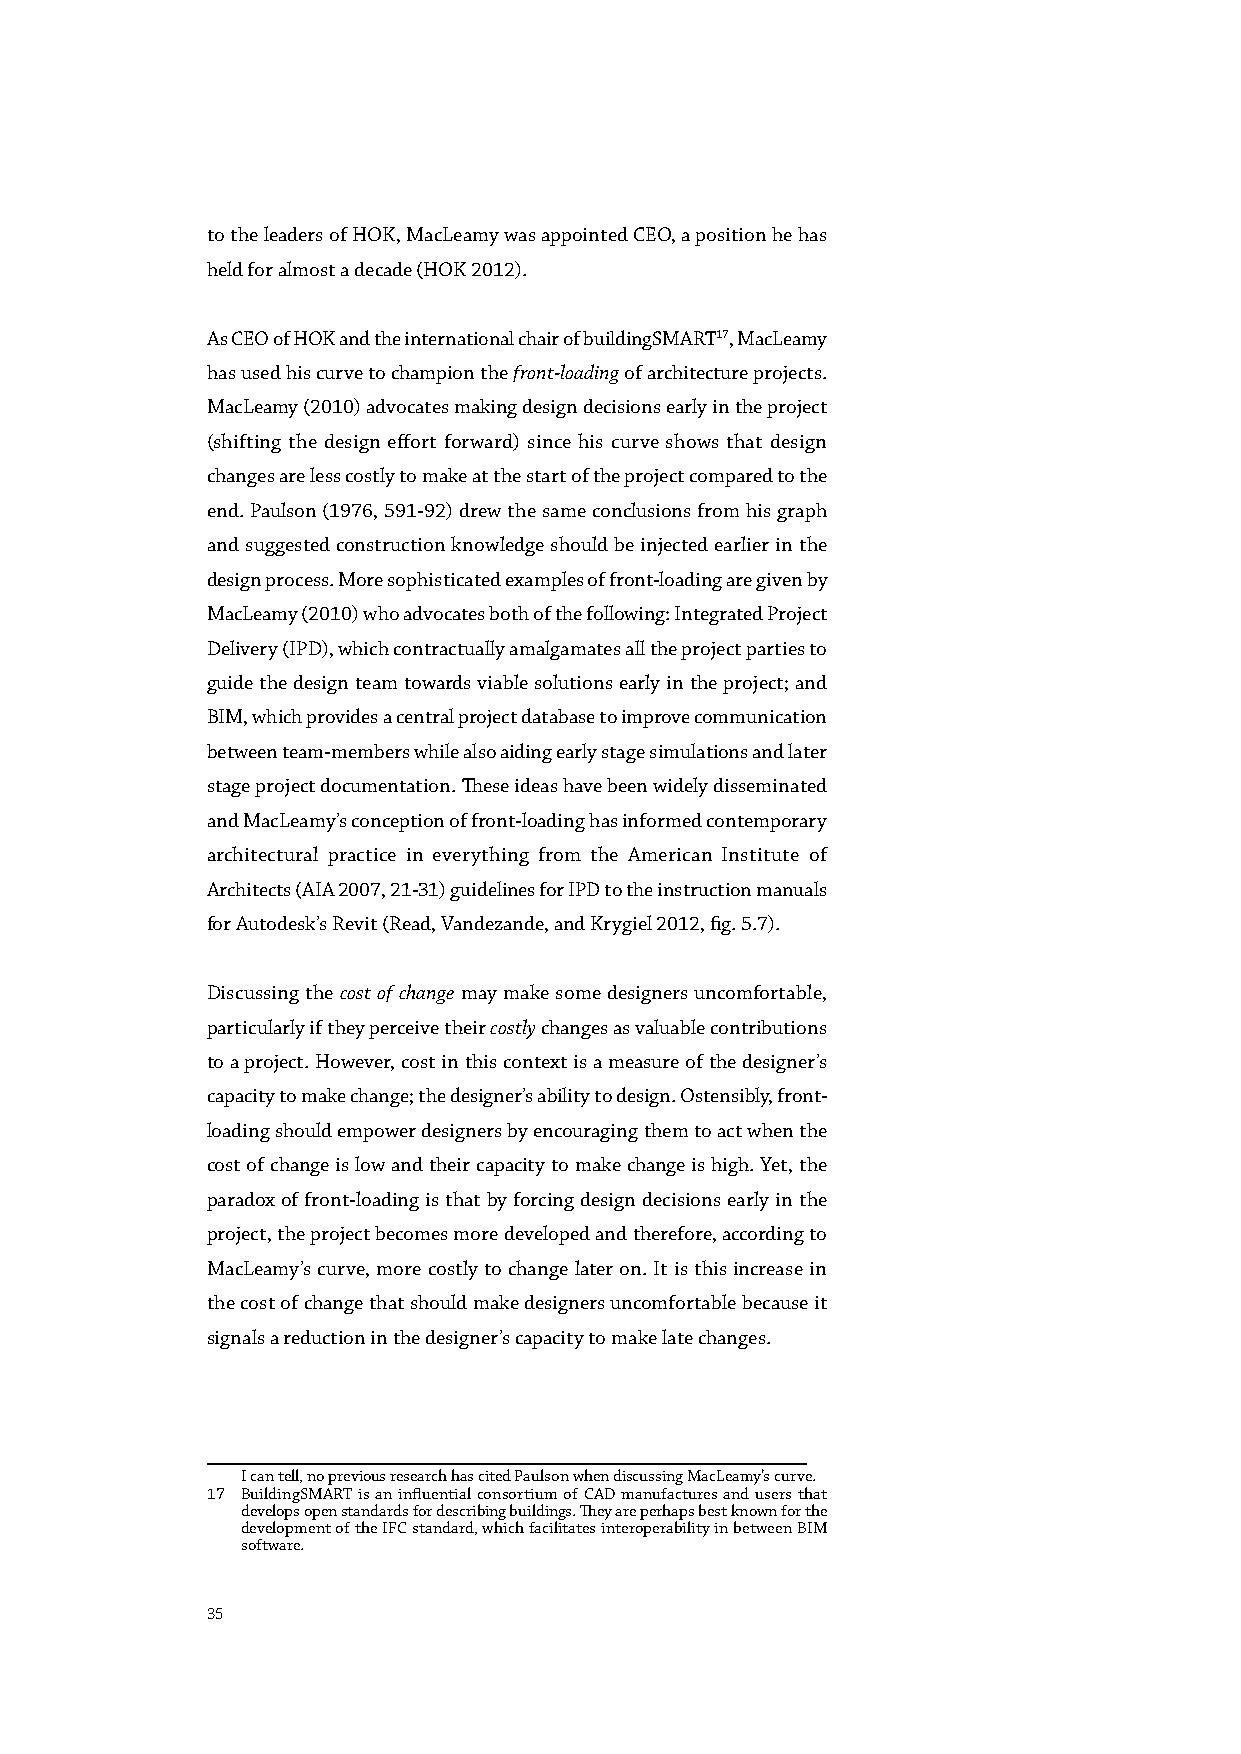
to the leaders of HOK, MacLeamy was appointed CEO, a position he has
 held for almost a decade (HOK 2012).
 As CEO of HOK and the international chair of buildingSMART17, MacLeamy
 has used his curve to champion the front-loading of architecture projects.
 MacLeamy (2010) advocates making design decisions early in the project
 (shifting the design effort forward) since his curve shows that design
 changes are less costly to make at the start of the project compared to the
 end. Paulson (1976, 591-92) drew the same conclusions from his graph
 and suggested construction knowledge should be injected earlier in the
 design process. More sophisticated examples of front-loading are given by
 MacLeamy (2010) who advocates both of the following: Integrated Project
 Delivery (IPD), which contractually amalgamates all the project parties to
 guide the design team towards viable solutions early in the project; and
 BIM, which provides a central project database to improve communication
 between team-members while also aiding early stage simulations and later
 stage project documentation. These ideas have been widely disseminated
 and MacLeamy’s conception of front-loading has informed contemporary
 architectural practice in everything from the American Institute of
 Architects (AIA 2007, 21-31) guidelines for IPD to the instruction manuals
 for Autodesk’s Revit (Read, Vandezande, and Krygiel 2012, fig. 5.7).
 Discussing the cost of change may make some designers uncomfortable,
 particularly if they perceive their costly changes as valuable contributions
 to a project. However, cost in this context is a measure of the designer’s
 capacity to make change; the designer’s ability to design. Ostensibly, front-
 loading should empower designers by encouraging them to act when the
 cost of change is low and their capacity to make change is high. Yet, the
 paradox of front-loading is that by forcing design decisions early in the
 project, the project becomes more developed and therefore, according to
 MacLeamy’s curve, more costly to change later on. It is this increase in
 the cost of change that should make designers uncomfortable because it
 signals a reduction in the designer’s capacity to make late changes.
 I can tell, no previous research has cited Paulson when discussing MacLeamy’s curve.
 17 BuildingSMART is an influential consortium of CAD manufactures and users that
 develops open standards for describing buildings. They are perhaps best known for the
 development of the IFC standard, which facilitates interoperability in between BIM
 software.
 35